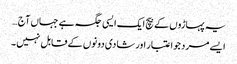
یہ پہاڑوں کے بیچ ایک ایسی جگہ ہے جہاں آج …
ایسے مرد جو اعتبار اور شادی دونوں کے قابل نہیں ۔